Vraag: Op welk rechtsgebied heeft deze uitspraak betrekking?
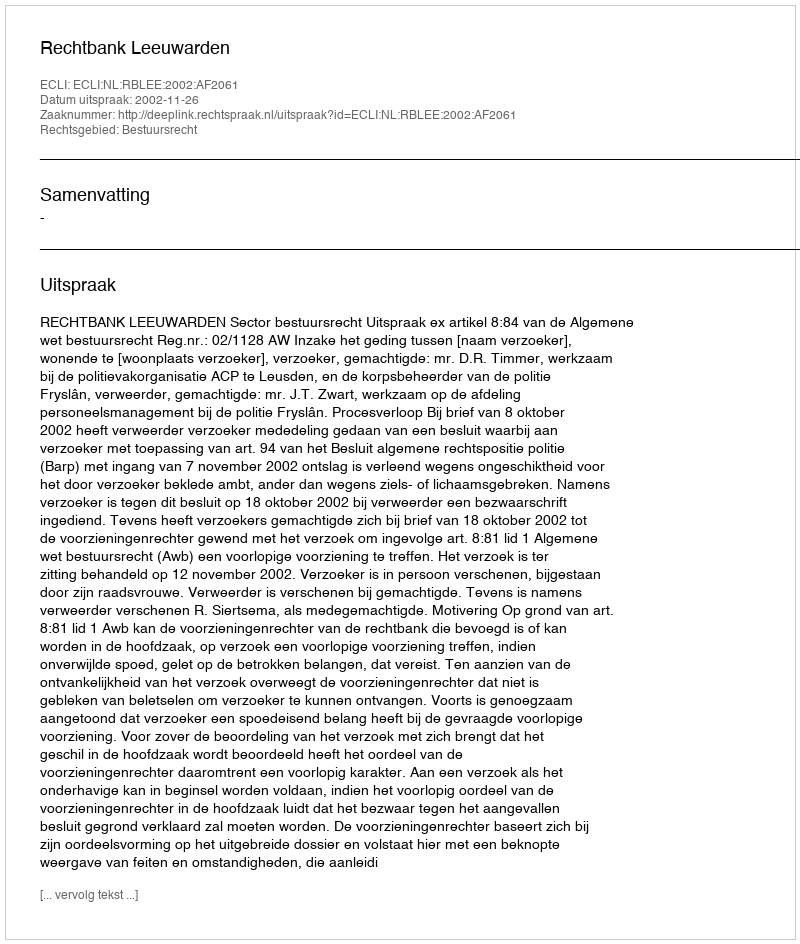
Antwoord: Bestuursrecht